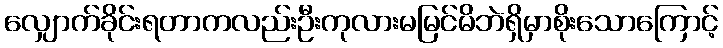
လျှောက်ခိုင်းရတာကလည်းဦးကုလားမမြင်မိဘဲရှိမှာစိုးသောကြောင့်